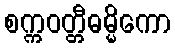
စက္ကဝတ္တီဓမ္မိကော